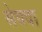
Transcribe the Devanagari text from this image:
सेयदा